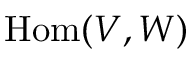
{ \mathrm { H o m } } ( V , W )